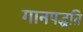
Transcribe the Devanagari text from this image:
गानपद्धति